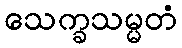
သေက္ခသမ္မတံ